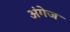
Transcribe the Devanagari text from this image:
अंगेज